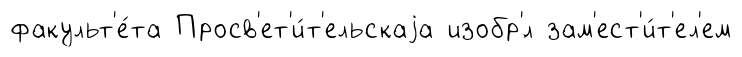
факульт'е́та Просв'ет'и́т'ельскаjа изобр'́л зам'ест'и́т'ел'ем